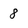
Character: 8